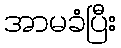
အာမခံပြီး